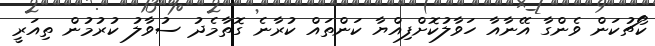
ކޯޗުކަން ވެންގާ އޭނާއާ ހަވާލުކޮށްފިއްޔާ ކަންތައް ކުރާނެ ގޮތާމެދު ސުވާލު ކުރުމުން ތިއަރީ